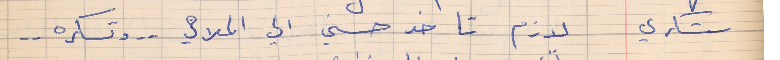
شكري    لازم تاخد حسني الي الملاهي  . . وتسكره  . .